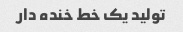
تولید یک خط خنده دار